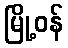
မြို့ဝန်